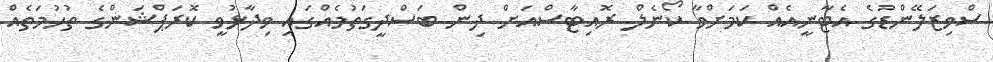
ސްވިޒަލޭންޑުގެ އެޓާނީއެއް ކަމަށްވާ ކޯނެލް ރޮއިޓާސްއަށް ދިން ބަސްދީގަތުމެއްގައި ވިދާޅުވީ ކޮރަޕްޝަންގެ ތުހުމަތެއް